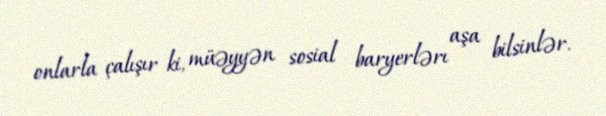
onlarla çalışır ki, müəyyən sosial baryerlərı aşa bilsinlər.